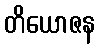
တိယောဇန